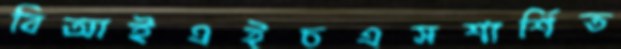
বিআইএইচএসশার্শিত